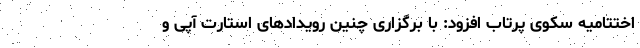
اختتامیه سکوی پرتاب افزود: با برگزاری چنین رویدادهای استارت آپی و